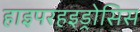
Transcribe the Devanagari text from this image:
हाइपरहइड्रोसिस